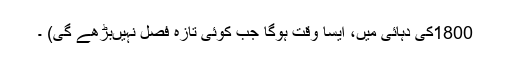
1800کی دہائی میں، ایسا وقت ہوگا جب کوئی تازہ فصل نہیںبڑھے گی) ۔